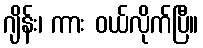
ဂျိန်း၊ ကား ဝယ်လိုက်ပြီ။